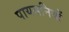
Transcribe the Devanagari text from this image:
पायसनियों